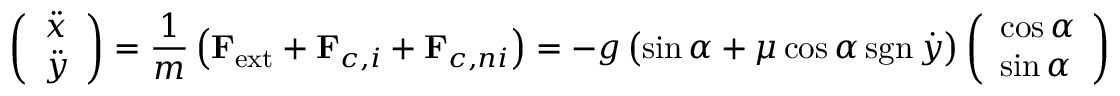
{ \left( \begin{array} { l } { { \ddot { x } } } \\ { { \ddot { y } } } \end{array} \right) } = { \frac { 1 } { m } } \left( \mathbf { F } _ { \mathrm { e x t } } + \mathbf { F } _ { c , i } + \mathbf { F } _ { c , n i } \right) = - g \left( \sin \alpha + \mu \cos \alpha \operatorname { s g n } { \dot { y } } \right) { \left( \begin{array} { l } { \cos \alpha } \\ { \sin \alpha } \end{array} \right) }